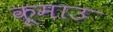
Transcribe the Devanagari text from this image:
कूमाउ